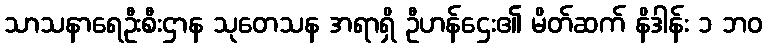
သာသနာရေဦးစီးဌာန သုတေသန အရာရှိ ဦဟန်ဌေး၏ မိတ်ဆက် နိဒါန်း ၁ ဘဝ